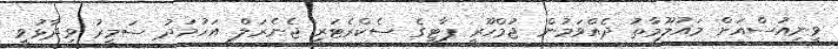
ވީނިއުސްއަށް މައުލޫމާތު ދެއްވަމުން ޖުމްހޫރީ ޕާޓީގެ ސެކްރެޓަރީ ޖެނެރަލް އަހުމަދު ސަމީރު ވިދާޅުވީ